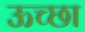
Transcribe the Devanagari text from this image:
ऊच्छा